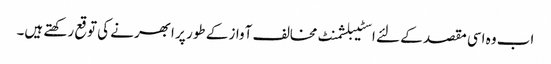
اب وہ اسی مقصد کے لئے اسٹیبلشمنٹ مخالف آواز کے طور پر ابھرنے کی توقع رکھتے ہیں۔